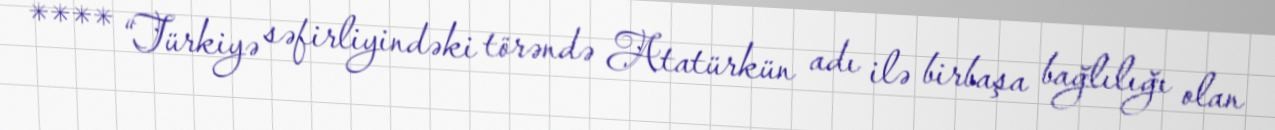
**** “Türkiyə səfirliyindəki törəndə Atatürkün adı ilə birbaşa bağlılığı olan